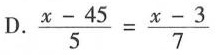
D.$$\frac { x - 4 5 } { 5 } = \frac { x - 3 } { 7 }$$